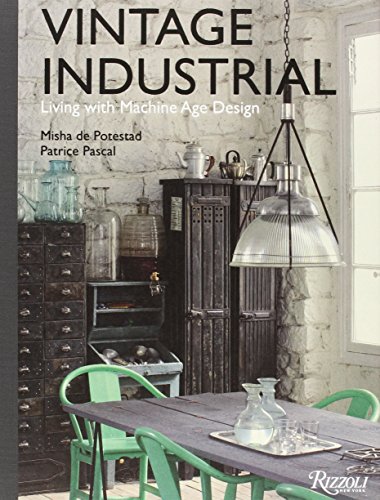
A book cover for Vintage Industrial: Living with Machine Age Design; Misha de Potestad; Arts & Photography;